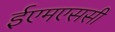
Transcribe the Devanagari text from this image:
ईएमएससी